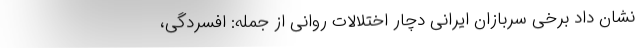
نشان داد برخی سربازان ایرانی دچار اختلالات روانی از جمله: افسردگی،